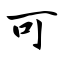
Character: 可